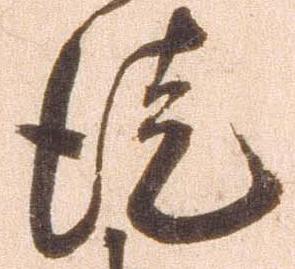
徒